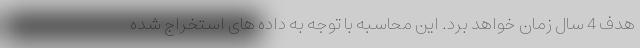
هدف 4 سال زمان خواهد برد. این محاسبه با توجه به داده های استخراج شده